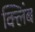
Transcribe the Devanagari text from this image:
क्लिंब